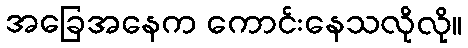
အခြေအနေက ကောင်းနေသလိုလို။